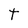
Character: t